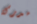
مدركة